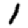
Digit: 1